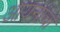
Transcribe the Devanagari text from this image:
आयनांचा